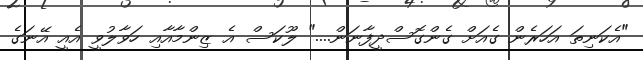
"އެކަނިތަ އަހަރެން ގެއަށް ގެންގޮސްދީފާނަން...." ލޫކަސް އެ ޒިންމާއާއި ހަވާލުވީ އެއީ އޭނަގެ